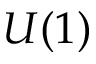
U ( 1 )